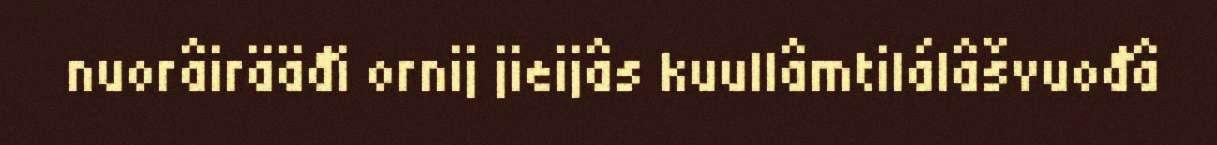
nuorâirääđi ornij jieijâs kuullâmtilálâšvuođâ